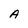
Character: A